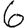
Digit: 6